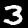
Label: 3